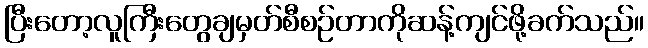
ပြီးတော့လူကြီးတွေချမှတ်စီစဉ်တာကိုဆန့်ကျင်ဖို့ခက်သည်။